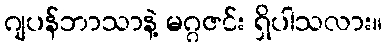
ဂျပန်ဘာသာနဲ့ မဂ္ဂဇင်း ရှိပါသလား။